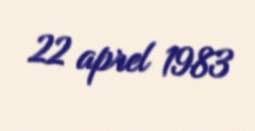
22 aprel 1983